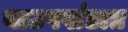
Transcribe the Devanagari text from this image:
याउपखंडात